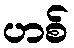
ဟစ်